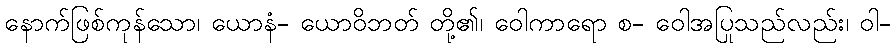
နောက်ဖြစ်ကုန်သော၊ ယောနံ- ယောဝိဘတ် တို့၏၊ ဝေါကာရော စ- ဝေါအပြုသည်လည်း၊ ဝါ-